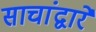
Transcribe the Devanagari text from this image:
साचांद्वारे